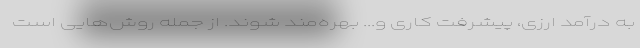
به درآمد ارزی، پیشرفت کاری و... بهره‌مند شوند. از جمله روش‌هایی است